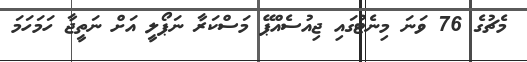
މެޗުގެ 76 ވަނަ މިނެޓުގައި ޖިއުސެއްޕޭ މަސްކަރާ ނަޕޯލީ އަށް ނަތީޖާ ހަމަހަމަ